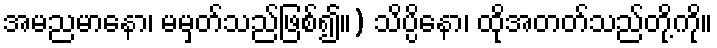
အမညမာနော၊ မမှတ်သည်ဖြစ်၍။) သိပ္ပိနော၊ ထိုအတတ်သည်တို့ကို။